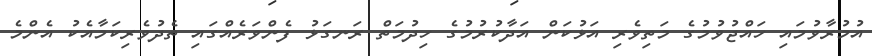
އުމުރާވުމައި ހައްޖުވުމުގެ މަތިވެރި އަޅުކަން އަދާކުރުމުގެ ހިދުމަތް ރަނގަޅު ފެންވަރެއްގައި ތެދުވެރިކަމާއެކު އެންމެ